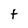
Character: t